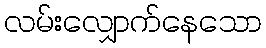
လမ်းလျှောက်နေသော